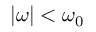
| \omega | < \omega _ { 0 }